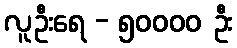
လူဦးရေ - ၅၀၀၀၀ ဦး